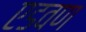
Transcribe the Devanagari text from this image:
एडवण